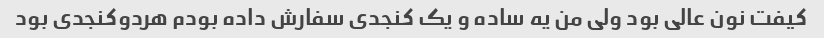
کیفت نون عالی بود ولی من یه ساده و یک کنجدی سفارش داده بودم هردو‌کنجدی بود